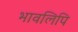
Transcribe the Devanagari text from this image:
भावलिपि